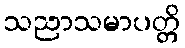
သညာသမာပတ္တိ